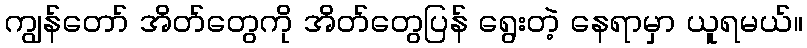
ကျွန်တော် အိတ်တွေကို အိတ်တွေပြန် ရွေးတဲ့ နေရာမှာ ယူရမယ်။